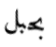
بحبل